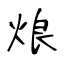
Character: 烺